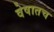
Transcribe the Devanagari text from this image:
वेषातच